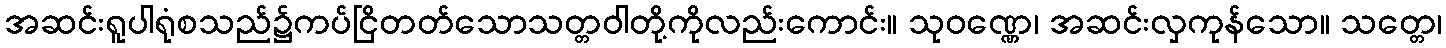
အဆင်းရူပါရုံစသည်၌ကပ်ငြိတတ်သောသတ္တဝါတို့ကိုလည်းကောင်း။ သုဝဏ္ဏေ၊ အဆင်းလှကုန်သော။ သတ္တေ၊